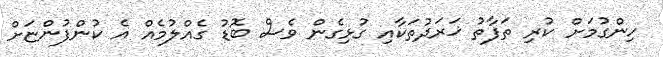
ހިންގުމަށް ކުރި ތަފާތު ޚަރަދުތަކާއި ގުޅިގެން ވެސް ބޮޑު ގެއްލުމެއް އެ ކުންފުންޏަށް